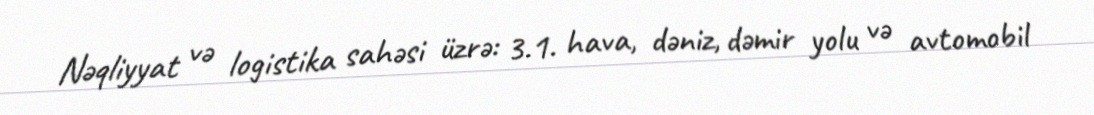
Nəqliyyat və logistika sahəsi üzrə: 3.1. hava, dəniz, dəmir yolu və avtomobil